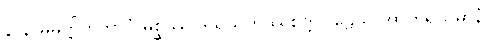
နာနာဓိမုတ္တိကဘာဝံ မစ္ဆဿ ဒသသဟဿိစက္ကဝါဠေသု အာဟရိယမာနံ